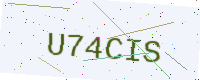
Text: U74CIS